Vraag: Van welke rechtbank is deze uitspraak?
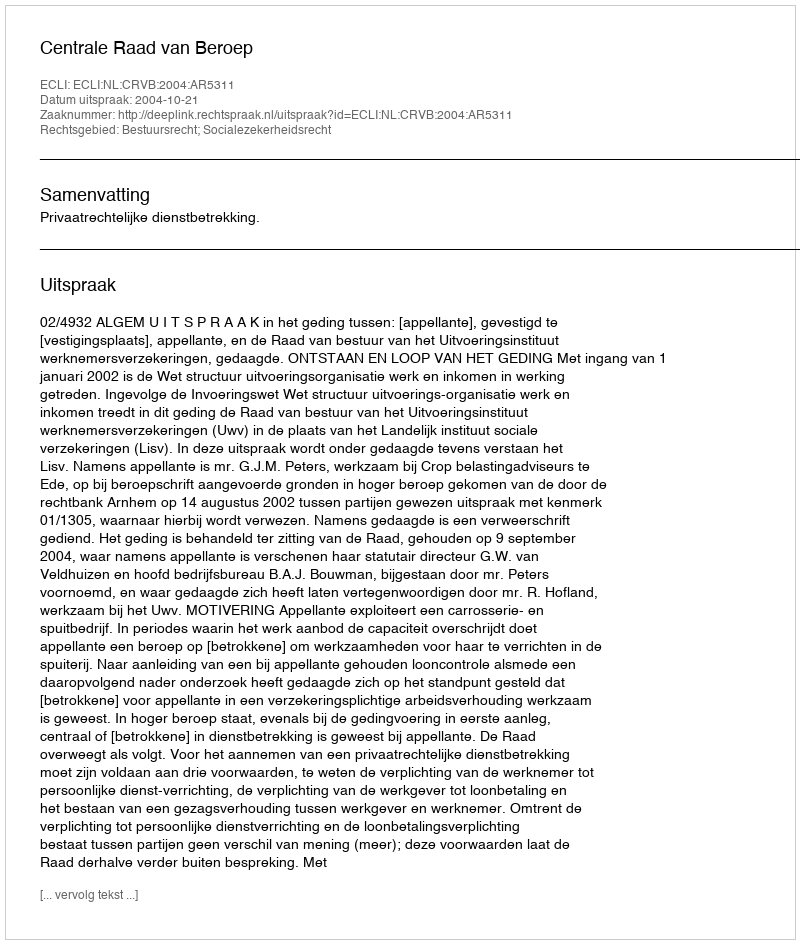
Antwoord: Centrale Raad van Beroep